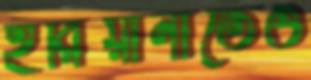
হরিয়ানাতেও